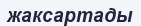
жаксартады